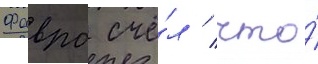
Фавро счё́л / что́